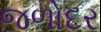
જળોદર